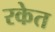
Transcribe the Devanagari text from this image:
रकेत